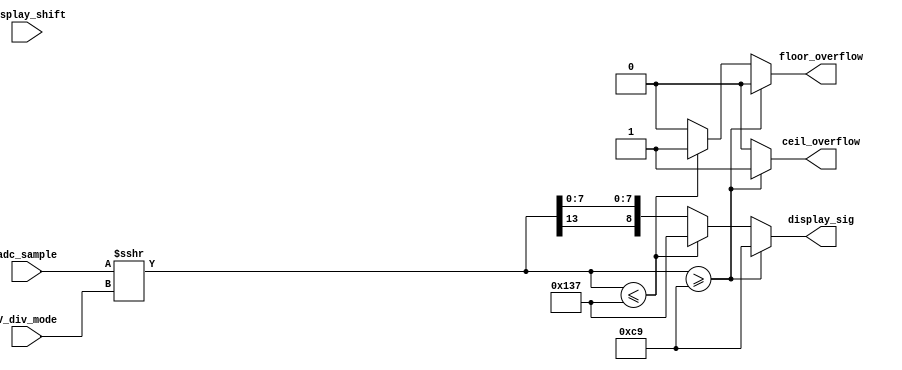
`define DISPLAY_HEIGHT 201

module adc_to_display(//clk,
                      adc_sample,
                      display_shift,
                      V_div_mode,
                      display_sig,
                      ceil_overflow,
                      floor_overflow
                      );
                       
//input clk;
input signed [13:0] adc_sample;
input [2:0]  V_div_mode;
input signed [13:0]  display_shift;

                       
output reg signed [8:0] display_sig;

output reg ceil_overflow;      
output reg floor_overflow;                  
                       
reg signed [13:0] scaled_adc_sample;


always @* begin//(posedge clk) begin
    
    scaled_adc_sample <= adc_sample >>> V_div_mode;
    
    // check if in window
    if (scaled_adc_sample >= `DISPLAY_HEIGHT) begin 
        display_sig <= `DISPLAY_HEIGHT;
        ceil_overflow  <= 1;
        floor_overflow <= 0;
    end
    else if(scaled_adc_sample <= -(`DISPLAY_HEIGHT)) begin
        display_sig <= -(`DISPLAY_HEIGHT);
        ceil_overflow  <= 0;
        floor_overflow <= 1;   
    end
    else begin
        display_sig <= {scaled_adc_sample[13], scaled_adc_sample[7:0]};
        ceil_overflow  <= 0;
        floor_overflow <= 0; 
    
    end


end

endmodule